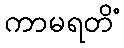
ကာမရတိံ